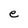
Character: e